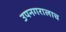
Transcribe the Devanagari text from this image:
उपनगरालाच